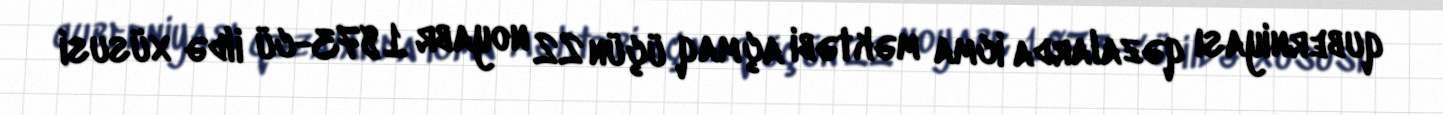
quberniyası qəzalarda icma məktəbi açmaq üçün 22 noyabr 1873-cü ildə xüsusi